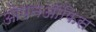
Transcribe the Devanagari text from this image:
ओपनऑफिस